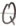
Text: Q